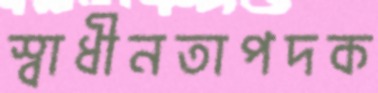
স্বাধীনতাপদক